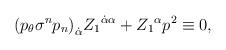
LaTeX: \begin{align*}{(p_{\theta} \sigma^n p_n)}_{\dot\alpha} {Z_1}^{\dot\alpha \alpha}+{Z_1}^\alpha p^2\equiv0,\end{align*}